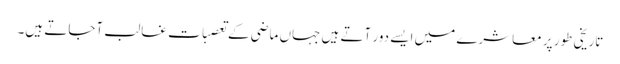
تاریخی طور پر معاشرے میں ایسے دور آتے ہیں جہاں ماضی کے تعصبات غالب آجاتے ہیں۔